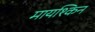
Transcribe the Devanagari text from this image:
मायश्किन